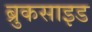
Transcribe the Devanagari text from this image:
ब्रुकसाइड